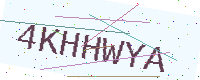
Text: 4KHHWYA